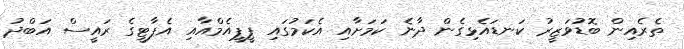
ތެރެއިން ބޮޑުވަޒީރު ކަނޑައެޅިގެން ދާނެ ކަމަށާއި އެކަމުގައި ޕީޕީއެމްއާއި އެޕާޓީގެ ރައީސް އަބްދު